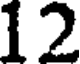
12